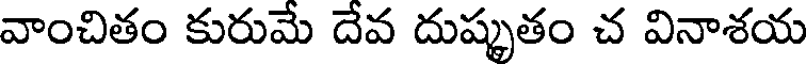
వాంచితం కురుమే దేవ దుష్కృతం చ వినాశయ